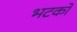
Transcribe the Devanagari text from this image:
भटकों